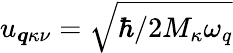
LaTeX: u_{\boldsymbol{q}\kappa\nu}=\sqrt{\hbar/2M_{\kappa}\omega_{q}}